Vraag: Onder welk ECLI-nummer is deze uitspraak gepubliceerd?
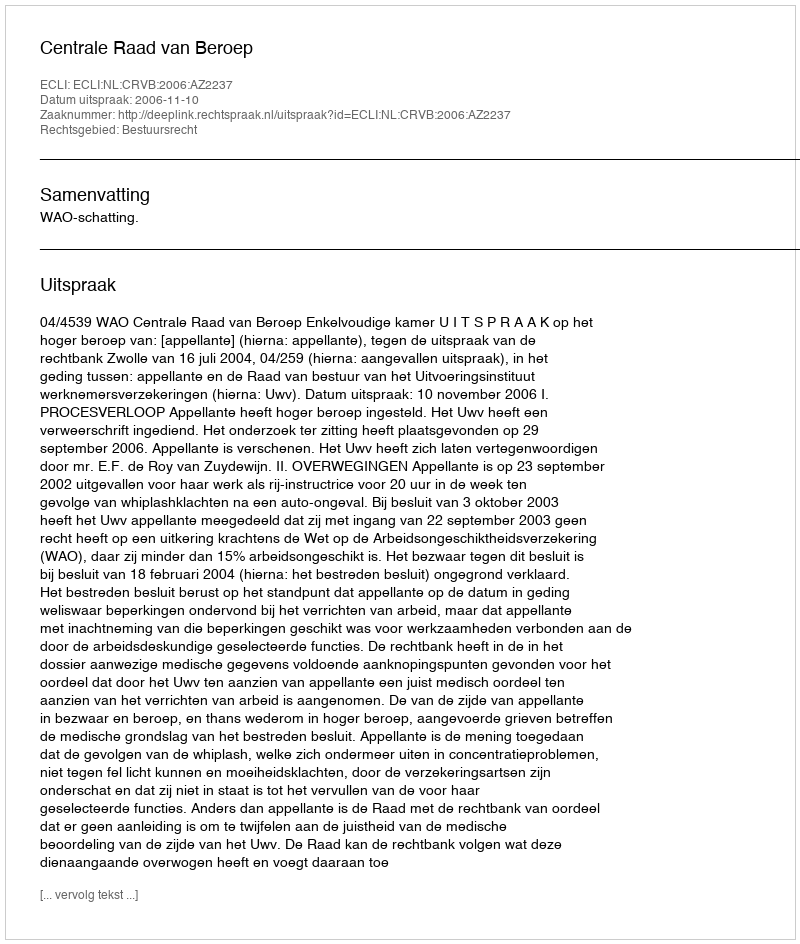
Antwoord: ECLI:NL:CRVB:2006:AZ2237